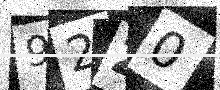
Text: 92Z0